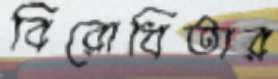
বিরোধিতার